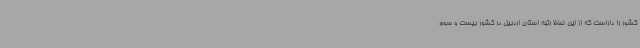
کشور را داراست که از این لحاظ رتبه استان اردبیل در کشور بیست و سوم